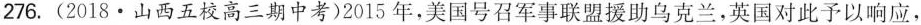
276.(2018·山西五校高三期中考)2015年，美国号召军事联盟援助乌克兰，英国对此予以响应，